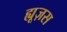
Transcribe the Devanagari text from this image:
ह्यूज़स